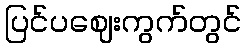
ပြင်ပဈေးကွက်တွင်